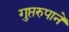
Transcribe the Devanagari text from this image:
गुप्तरुपानें